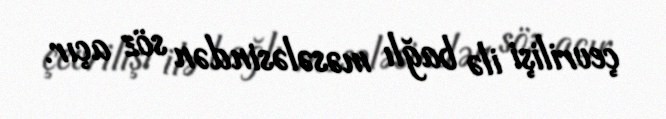
çevrilişi ilə bağlı məsələsindən söz açır.